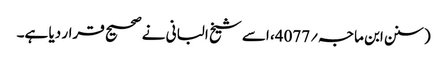
(سنن ابن ماجہ؍4077، اسے شیخ البانی نے صحیح قرار دیا ہے۔